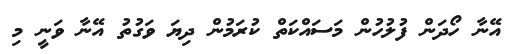
އޭނާ ހޯދަން ފުލުހުން މަސައްކަތް ކުރަމުން ދިޔަ ވަގުތު އޭނާ ވަނީ މި